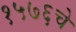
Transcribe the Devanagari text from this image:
१५७६चे